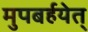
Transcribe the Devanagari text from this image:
मुपबर्हयेत्